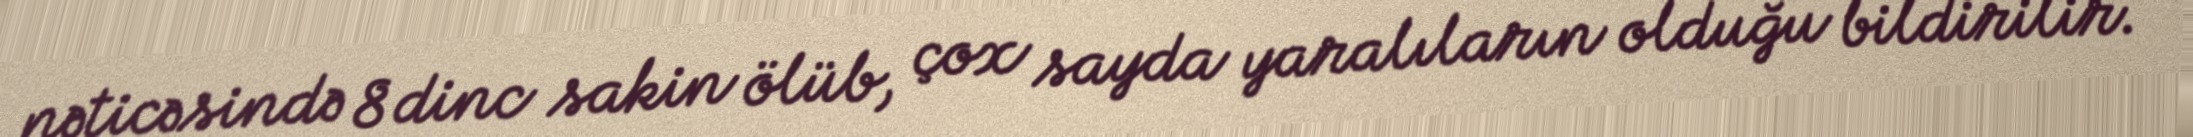
nəticəsində 8 dinc sakin ölüb, çox sayda yaralıların olduğu bildirilir.